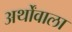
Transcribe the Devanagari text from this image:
अर्थोंवाला